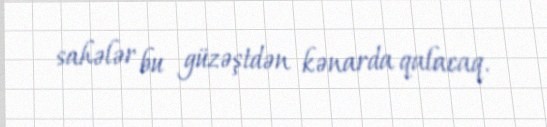
sahələr bu güzəştdən kənarda qalacaq.